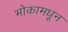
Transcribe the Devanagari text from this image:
भोकामधून